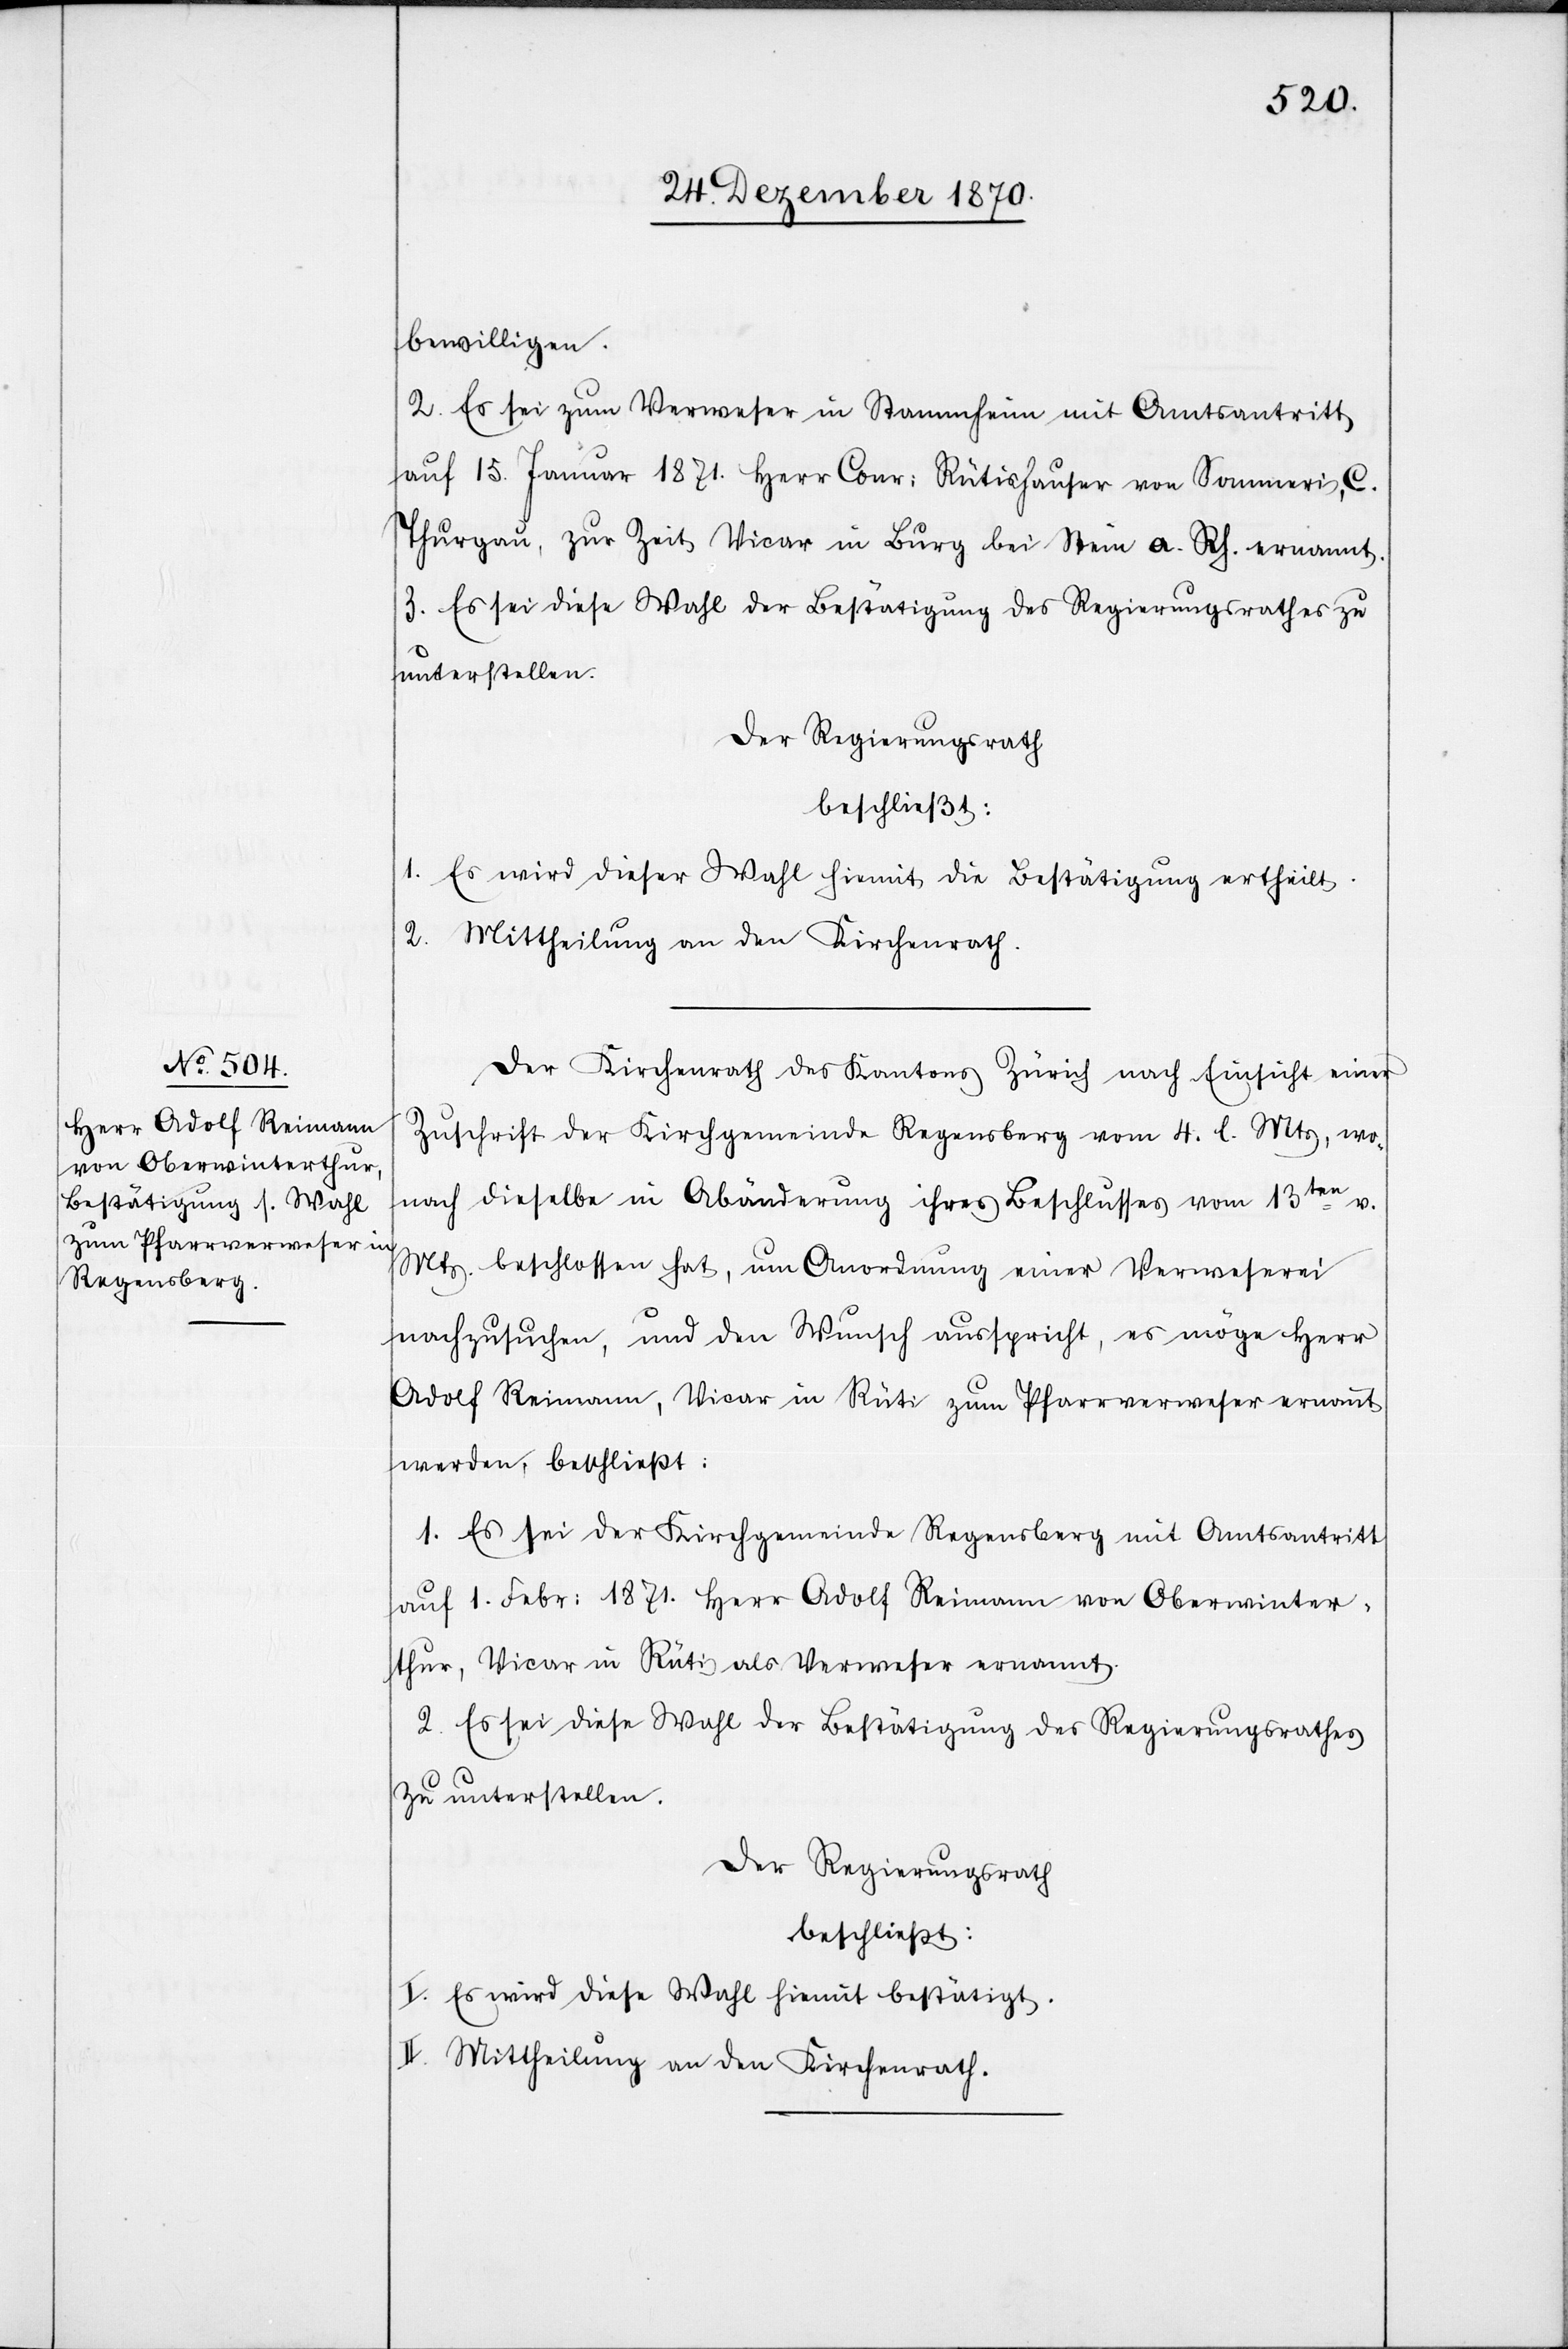
bewilligen.
2. Es sei zum Verweser in Stammheim mit Amtsantritt
auf 15. Januar 1871 Herr Conr: Rütishauser von Sommeri, C.
Thurgau, zur Zeit Vicar in Burg bei Stein a. Rh. ernannt.
3. Es sei diese Wahl der Bestätigung des Regierungsrathes zu
unterstellen.
Der Regierungsrath
beschließt:
1. Es wird dieser Wahl hiemit die Bestätigung ertheilt.
2. Mittheilung an den Kirchenrath.
Der Kirchenrath des Kantons Zürich nach Einsicht einer
Zuschrift der Kirchgemeinde Regensberg vom 4. l. Mts, wo¬
nach dieselbe in Abänderung ihres Beschlusses vom 13ten
Mts. beschlossen hat, um Anordnung einer Verweserei
nachzusuchen, und den Wunsch ausspricht, es möge Herr
Adolf Reimann, Vicar in Rüti zum Pfarrverweser ernannt
werden, beschließt:
1. Es sei der Kirchgemeinde Regensberg mit Amtsantritt
auf 1. Febr: 1871. Herr Adolf Reimann von Oberwinter¬
thur, Vicar in Rüti als Verweser ernannt.
2. Es sei diese Wahl der Bestätigung des Regierungsrathes
zu unterstellen.
Der Regierungsrath
beschließt:
I. Es wird diese Wahl hiemit bestätigt.
II. Mittheilung an den Kirchenrath.